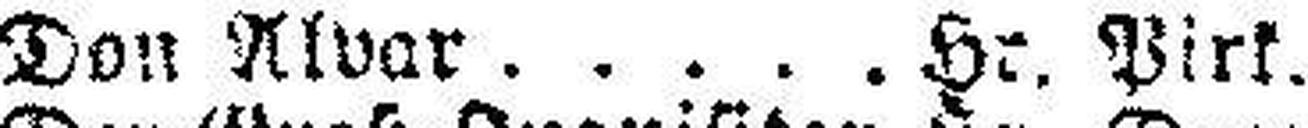
Don Alvar Hr. Pirk.